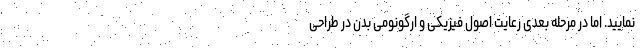
نمایید. اما در مرحله بعدی رعایت اصول فیزیکی و ارگونومی بدن در طراحی